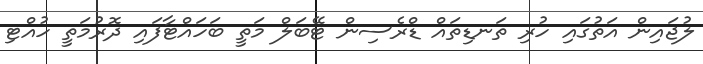
ލުޖައިން އަތުގައި ހުރި ތަނޑިތައް ޑްރެސިން ޓޭބަލް މަތީ ބަހައްޓާފައި ދޮރުމަތީ ހުއްޓި